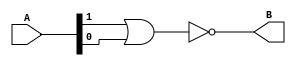
module nor_gate(input [1:0] A, output B);
    nor(B,A[1],A[0]);
endmodule